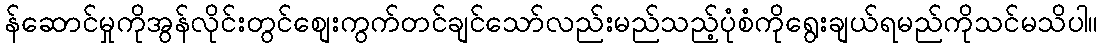
န်ဆောင်မှုကိုအွန်လိုင်းတွင်စျေးကွက်တင်ချင်သော်လည်းမည်သည့်ပုံစံကိုရွေးချယ်ရမည်ကိုသင်မသိပါ။